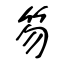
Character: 笏